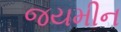
જયમીન